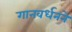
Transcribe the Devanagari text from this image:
गानवर्धनने